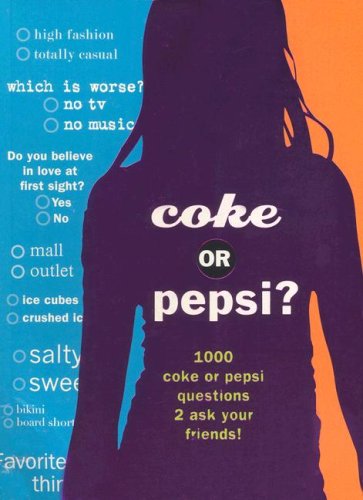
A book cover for Coke or Pepsi?: 1000 Coke or Pepsi Questions to Ask Your Friends?; Teen & Young Adult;